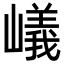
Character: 嶬